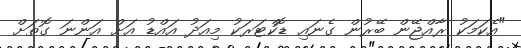
"އެކަމަކު ރާއްޖޭން ބޭރުން ގެނައި ޑޮކްޓަރަކު މިއަދު އައްޑު އަށް އަންނަ ގޮތަށް